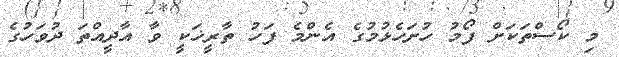
މި ކޯސްތަކަށް ފޯމު ހުށަހެޅުމުގެ އެންމެ ފަހު ތާރީޚަކީ ވާ އާދީއްތަ ދުވަހުގެ